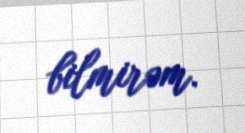
bilmirəm.